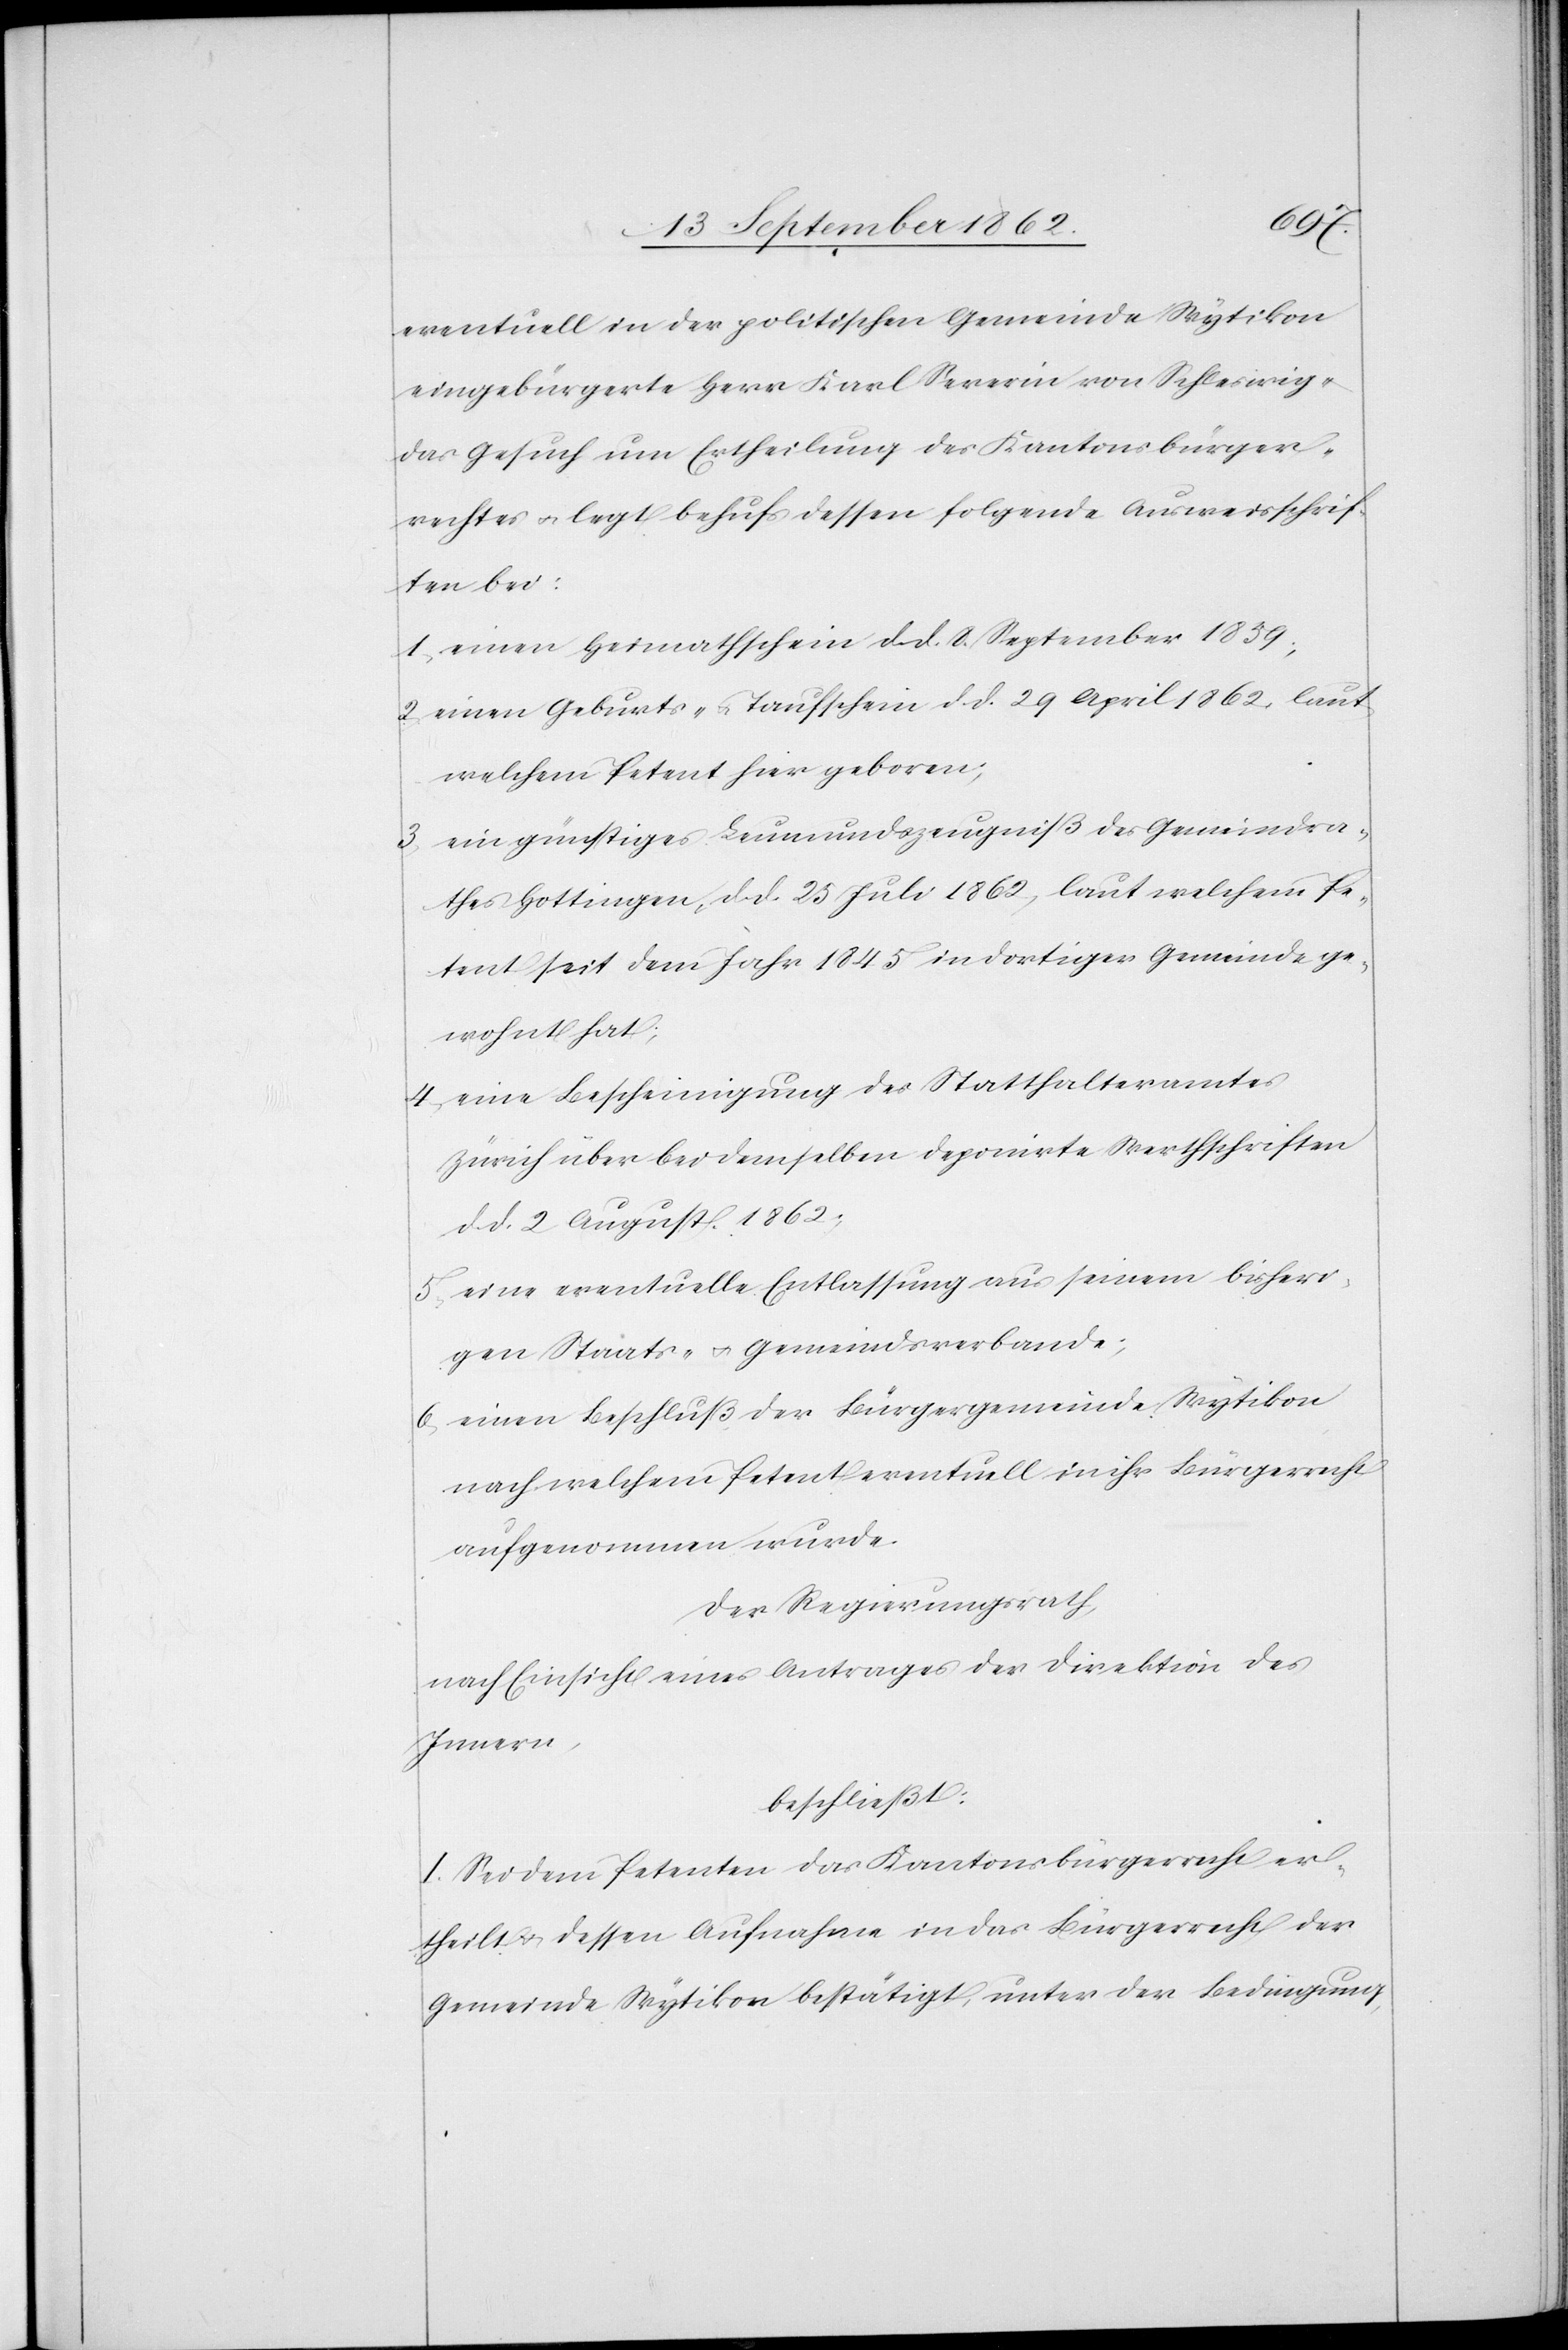
eventuell in der politischen Gemeinde Wytikon
eingebürgerte Herr Karl Severin von Schleswig
das Gesuch um Ertheilung des Kantonsbürger¬
rechtes u. legt behufs dessen folgende Ausweisschrif¬
ten bei:
1. einen Heimathschein d. d. 8. September 1859;
2. einen Geburts- u. Taufschein d. d. 29. April 1862, laut
welchem Petent hier geboren;
3. ein günstiges Leumundszeugniß des Gemeindra¬
thes Hottingen, d. d. 25. Juli 1862, laut welchem Pe¬
tent seit dem Jahr 1845 in dortiger Gemeinde ge¬
wohnt hat;
4. eine Bescheinigung des Statthalteramtes
Zürich über bei demselben deponirte Werthschriften
d. d. 2. August 1862;
5. eine eventuelle Entlassung aus seinem bisheri¬
gen Staats- u. Gemeindsverbande;
6. einen Beschluß der Bürgergemeinde Wytikon
nach welchem Petent eventuell in ihr Bürgerrecht
aufgenommen wurde.
Der Regierungsrath,
nach Einsicht eines Antrages der Direktion des
Innern,
beschließt:
I. Sei dem Petenten das Kantonsbürgerrecht er¬
theilt u. dessen Aufnahme in das Bürgerrecht der
Gemeinde Wytikon bestätigt, unter der Bedingung,